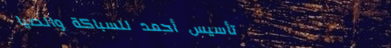
تأسيس أحمد للسباكة والصيا